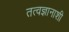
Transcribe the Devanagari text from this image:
तत्वज्ञानाशी